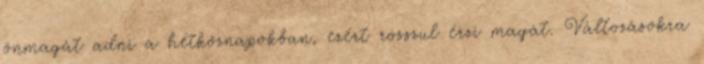
önmagát adni a hétköznapokban, ezért rosszul érzi magát. Változásokra